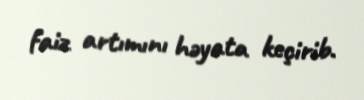
faiz artımını həyata keçirib.